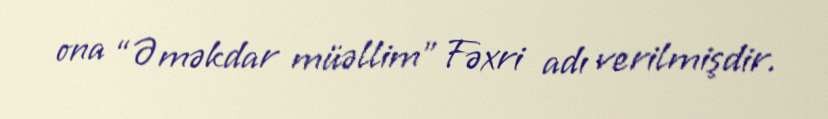
ona “Əməkdar müəllim” Fəxri adı verilmişdir.